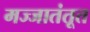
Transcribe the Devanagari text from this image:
मज्जातंतूत